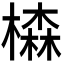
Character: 𣛧